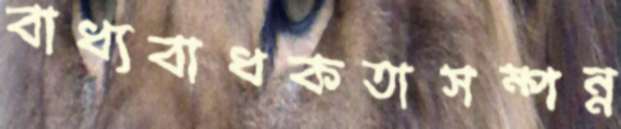
বাধ্যবাধকতাসম্পন্ন